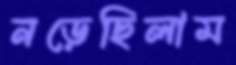
নড়েছিলাম